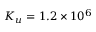
K _ { u } = 1 . 2 \times 1 0 ^ { 6 }